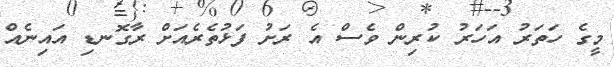
މީގެ ހަތަރު އަހަރު ކުރިން ވެސް އެ ރަށު ފަޅުތެރެއަށް ރާގޮނޑި އައިނެއް